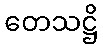
တေသဋ္ဌိ